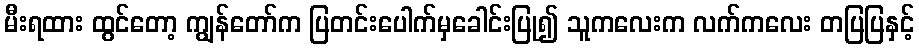
မီးရထား ထွင်တော့ ကျွန်တော်က ပြတင်းပေါက်မှခေါင်းပြု၍ သူကလေးက လက်ကလေး တပြပြနှင့်